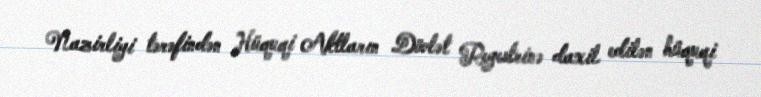
Nazirliyi tərəfindən Hüquqi Aktların Dövlət Reyestrinə daxil edilən hüquqi